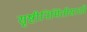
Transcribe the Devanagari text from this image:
सृष्टीनिर्मितीसाठी